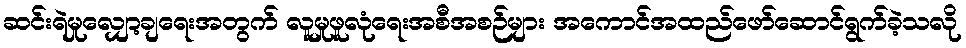
ဆင်းရဲမှုလျှော့ချရေးအတွက် လူမှုဖူလုံရေးအစီအစဉ်များ အကောင်အထည်ဖော်ဆောင်ရွက်ခဲ့သလို